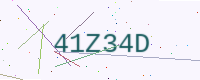
Text: 41Z34D